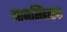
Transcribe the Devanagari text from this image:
मानसिंहाष्टक